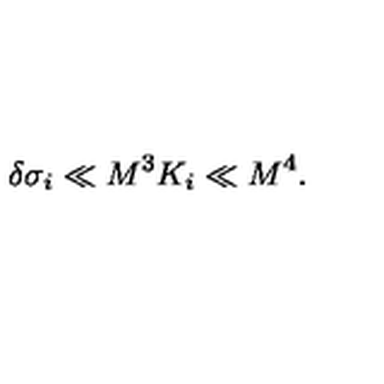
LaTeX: \delta \sigma _ { i } \ll M ^ { 3 } K _ { i } \ll M ^ { 4 } .